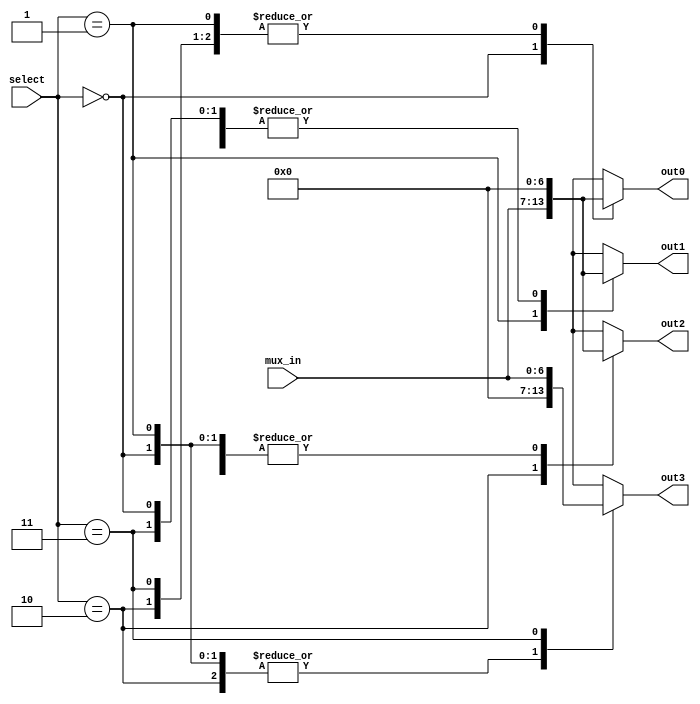
// This program was cloned from: https://github.com/FPGADude/Digital-Design
// License: GNU General Public License v3.0

`timescale 1ns / 1ps

// For 7-segment display clock
// Authored by David J Marion

module seg_demux(
    input [6:0] mux_in,
    input [1:0] select,
    output reg [6:0] out0,
    output reg [6:0] out1,
    output reg [6:0] out2,
    output reg [6:0] out3
    );
    
    always @(select) begin
        case(select)
            2'b00:  begin
                    out0 = mux_in;
                    out1 = 7'b000_0000;
                    out2 = 7'b000_0000;
                    out3 = 7'b000_0000;
                    end
            2'b01:  begin
                    out0 = 7'b000_0000;
                    out1 = mux_in;
                    out2 = 7'b000_0000;
                    out3 = 7'b000_0000;
                    end
            2'b10:  begin
                    out0 = 7'b000_0000;
                    out1 = 7'b000_0000;
                    out2 = mux_in;
                    out3 = 7'b000_0000;
                    end
            2'b11:  begin
                    out0 = 7'b000_0000;
                    out1 = 7'b000_0000;
                    out2 = 7'b000_0000;
                    out3 = mux_in;
                    end
        endcase
    end 
endmodule